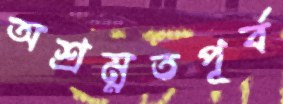
অশ্রম্নতপূর্ব